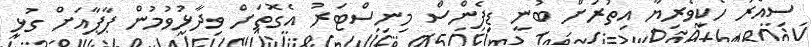
ސިއްރު ހެކިވެރިޔާ އިތުރަށް ބުނީ ޑިފެންސް މިނިސްޓަރު އެގޮތަށް ވިދާޅުވުމުން ޕާޕާއަށް ގުޅި